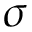
\sigma